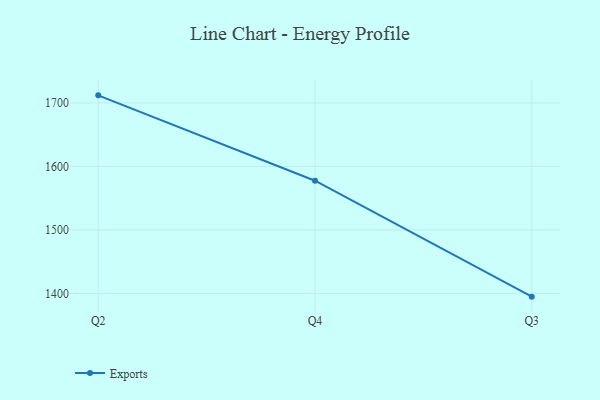
{"axis": {"x": "Quarter", "y": "Operating Costs (USD K)"}, "legend": ["Exports"], "data": [{"x": "Q2", "y": 1711.9, "type": "Exports"}, {"x": "Q4", "y": 1577.5, "type": "Exports"}, {"x": "Q3", "y": 1394.9, "type": "Exports"}]}